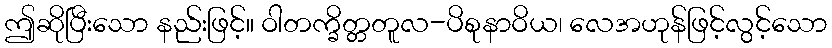
ဤဆိုပြီးသော နည်းဖြင့်။ ဝါတက္ခိတ္တတူလ-ပိစုနာဝိယ၊ လေအဟုန်ဖြင့်လွင့်သော